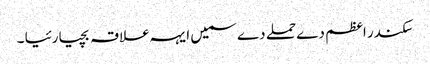
سکندر اعظم دے حملے دے سمیں ایہہ علاقہ بچیا رئیا ۔